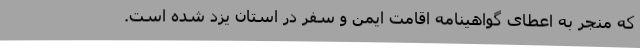
که منجر به اعطای گواهینامه اقامت ایمن و سفر در استان یزد شده است.